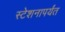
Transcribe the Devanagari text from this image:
स्टेशनापर्यंत